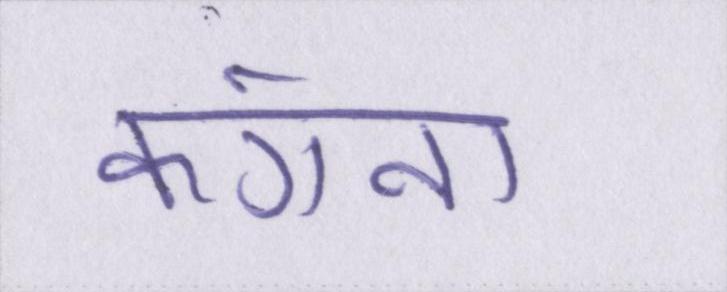
कंगना